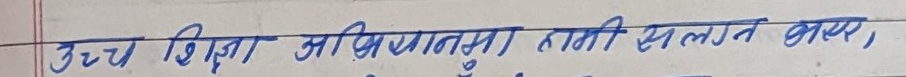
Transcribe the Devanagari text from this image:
उच्च शिक्षा अपरिहार्य तथा संलग्न भए,